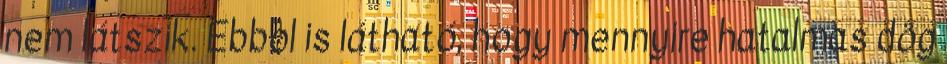
nem látszik. Ebbol is látható, hogy mennyire hatalmas dög